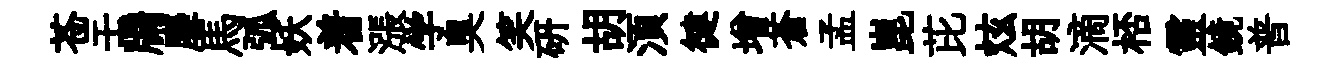
苍壬牖麐馬弧妖着漲学臭笑硏胡湏徤增蒼孟崑芘炫胡滴桮靈鏡普